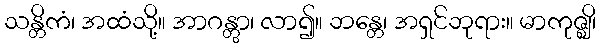
သန္တိကံ၊ အထံသို့။ အာဂန္တွာ၊ လာ၍။ ဘန္တေ၊ အရှင်ဘုရား။ မာကုဇ္ဈိ၊